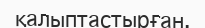
қалыптастырған.